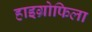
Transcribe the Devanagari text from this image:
हाइग्रोफिला